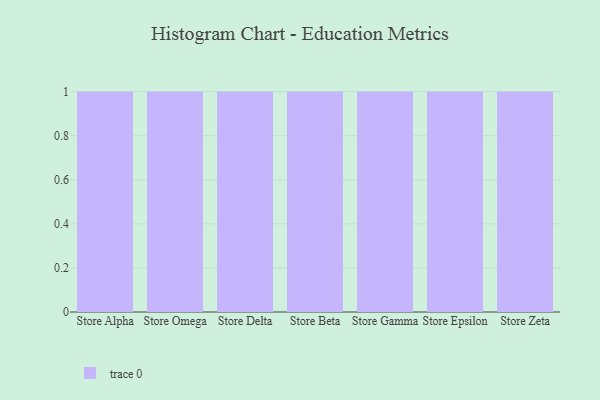
{"axis": {"x": "Store", "y": "Conversion Rate (%)"}, "legend": [""], "data": [{"x": "Store Alpha", "y": 71, "type": ""}, {"x": "Store Omega", "y": 86, "type": ""}, {"x": "Store Delta", "y": 9, "type": ""}, {"x": "Store Beta", "y": 65, "type": ""}, {"x": "Store Gamma", "y": 30, "type": ""}, {"x": "Store Epsilon", "y": 68, "type": ""}, {"x": "Store Zeta", "y": 36, "type": ""}]}